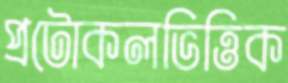
প্রটোকলভিত্তিক